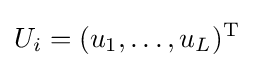
U_{i}=(u_{1},\ldots ,u_{L})^{\mathrm {T} }